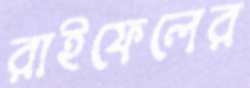
রাইফেলের